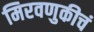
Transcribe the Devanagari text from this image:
मिरवणुकीचं